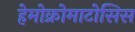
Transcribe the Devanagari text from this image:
हेमोक्रोमाटोसिस